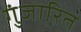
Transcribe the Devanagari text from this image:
गुंजारित